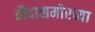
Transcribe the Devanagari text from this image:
हौदासमोरच्या